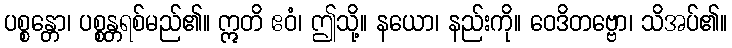
ပစ္စန္တော၊ ပစ္စန္တရစ်မည်၏။ ဣတိ ဧဝံ၊ ဤသို့။ နယော၊ နည်းကို။ ဝေဒိတဗ္ဗော၊ သိအပ်၏။